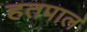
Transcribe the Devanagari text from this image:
हतपाल